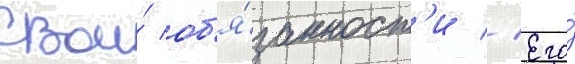
свои́ об'я́занност'и // Его́